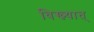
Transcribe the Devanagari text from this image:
विख्यात्